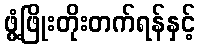
ဖွံ့ဖြိုးတိုးတက်ရန်နှင့်